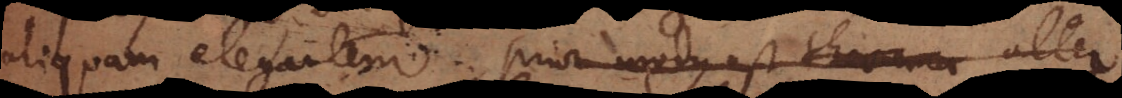
aliquam elegantem. Prior modus est theorema alter